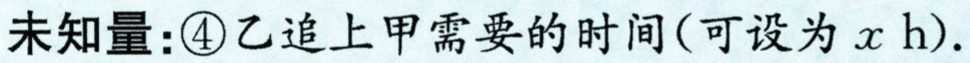
未知量：\textcircled{4}乙追上甲需要的时间(可设为\(x\) h).